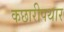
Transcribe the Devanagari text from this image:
कछारीपथार